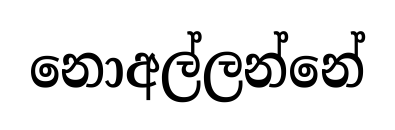
නොඅල්ලන්නේ